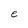
Character: e